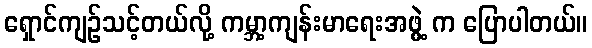
ရှောင်ကျဉ်သင့်တယ်လို့ ကမ္ဘာ့ကျန်းမာရေးအဖွဲ့ က ပြောပါတယ်။